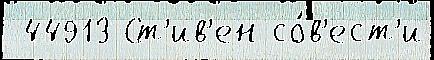
 44913 Ст'ив'ен со́в'ест'и